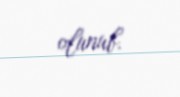
olunub.